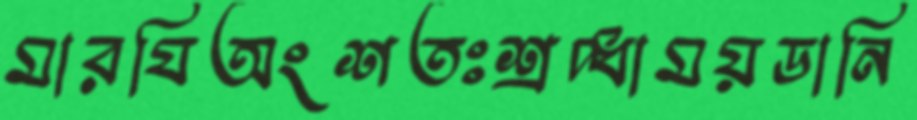
মারযিঅংশতঃশ্রদ্ধাময়ডানি